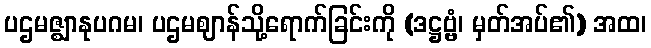
ပဌမဇ္ဈာနုပဂမ၊ ပဌမဈာန်သို့ရောက်ခြင်းကို (ဒဋ္ဌဗ္ဗံ၊ မှတ်အပ်၏) အထ၊